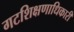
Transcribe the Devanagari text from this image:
गटशिक्षणाधिकारी